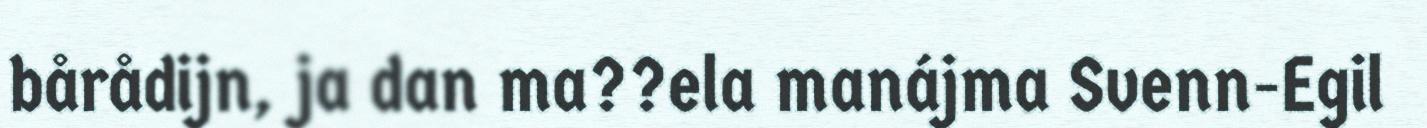
bårådijn, ja dan ma??ela manájma Svenn-Egil